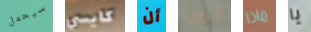
سيحمل كايسي أن كيف ماذا يا